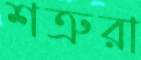
শত্রুরা